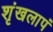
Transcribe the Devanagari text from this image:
शृंखलापं